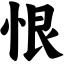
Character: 恨